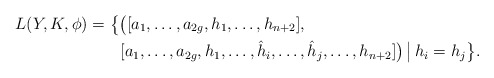
\begin{align*}L(Y,K,\phi) &= \bigl\{ \bigl( [a_1,\ldots,a_{2g},h_1,\ldots, h_{n+2}],\\ &\qquad[a_1,\ldots,a_{2g},h_1,\ldots,\hat{h}_i,\ldots, \hat{h}_j, \ldots, h_{n+2}] \bigr) \,\big|\, h_i = h_j \bigr\} .\end{align*}